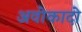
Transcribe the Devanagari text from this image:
अवोकादो